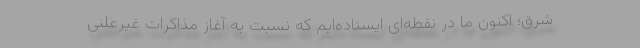
شرق؛ اکنون ما در نقطه‌ای ایستاده‌ایم که نسبت به آغاز مذاکرات غیرعلنی